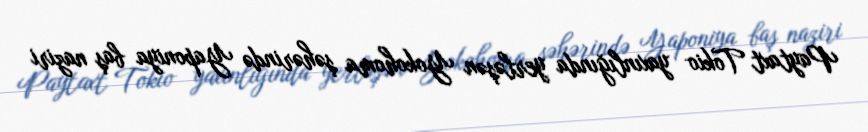
Paytaxt Tokio yaxınlığında yerləşən Yokohoma şəhərində Yaponiya baş naziri